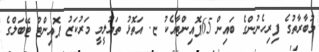
މުބާރާތުގެ ފިރިހެނުންގެ ބައިން 65ޕޮއިންޓާއެކު ޏ. އަތޮޅު ތަޢުލީމީ މަރުކަޒު ޕޮއިންޓް ޓޭބަލްގެ